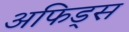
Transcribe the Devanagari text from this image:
अफिड्स